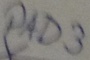
Text: PAD3